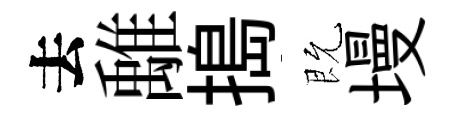
去𩀌搗既墁